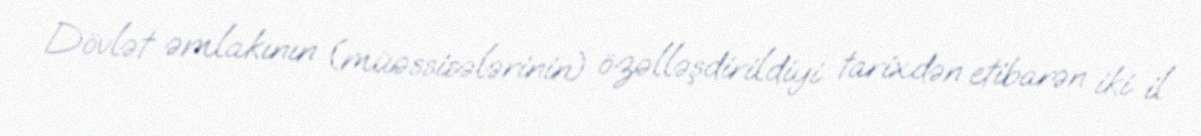
Dövlət əmlakının (müəssisələrinin) özəlləşdirildiyi tarixdən etibarən iki il